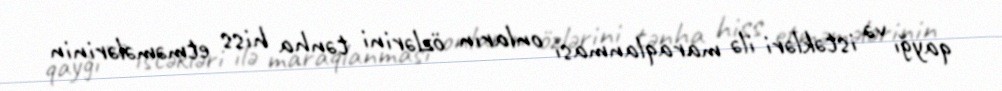
qayğı və istəkləri ilə maraqlanması onların özlərini tənha hiss etməmələrinin